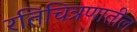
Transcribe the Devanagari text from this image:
रतिचित्रणातील